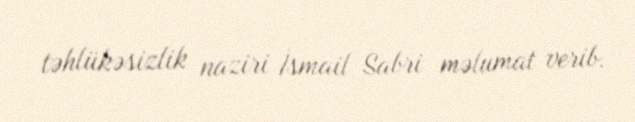
təhlükəsizlik naziri İsmail Sabri məlumat verib.